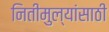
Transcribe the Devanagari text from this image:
नितीमुल्यांसाठी